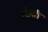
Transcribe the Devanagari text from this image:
गोसी